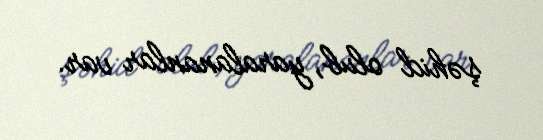
şəhid olub, yaralananlar var.